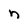
Character: n